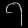
Digit: ၇